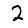
Digit: 2